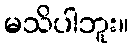
မသိပါဘူး။